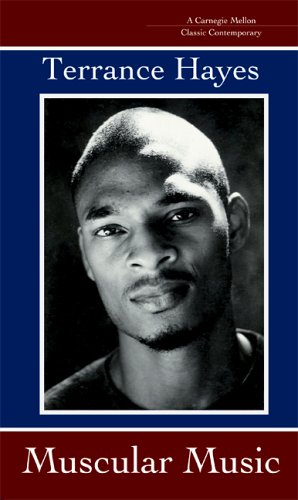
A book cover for Muscular Music (Carnegie Mellon Classic Contemporary Series: Poetry); Terrance Hayes; Literature & Fiction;